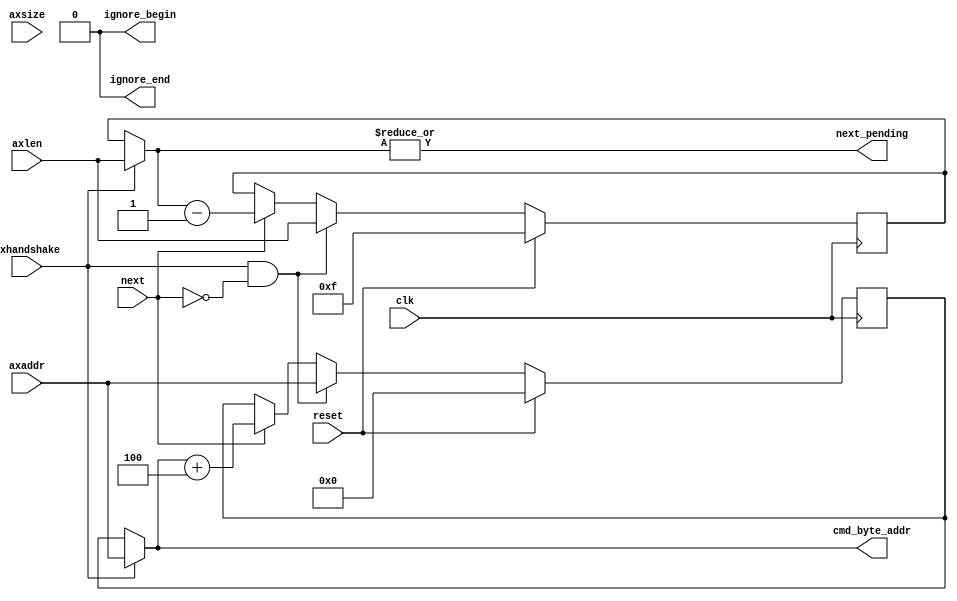
// -- (c) Copyright 2013 Xilinx, Inc. All rights reserved. 
// --                                                             
// -- This file contains confidential and proprietary information 
// -- of Xilinx, Inc. and is protected under U.S. and             
// -- international copyright and other intellectual property     
// -- laws.                                                       
// --                                                             
// -- DISCLAIMER                                                  
// -- This disclaimer is not a license and does not grant any     
// -- rights to the materials distributed herewith. Except as     
// -- otherwise provided in a valid license issued to you by      
// -- Xilinx, and to the maximum extent permitted by applicable   
// -- law: (1) THESE MATERIALS ARE MADE AVAILABLE "AS IS" AND     
// -- WITH ALL FAULTS, AND XILINX HEREBY DISCLAIMS ALL WARRANTIES 
// -- AND CONDITIONS, EXPRESS, IMPLIED, OR STATUTORY, INCLUDING   
// -- BUT NOT LIMITED TO WARRANTIES OF MERCHANTABILITY, NON-      
// -- INFRINGEMENT, OR FITNESS FOR ANY PARTICULAR PURPOSE; and    
// -- (2) Xilinx shall not be liable (whether in contract or tort,
// -- including negligence, or under any other theory of          
// -- liability) for any loss or damage of any kind or nature     
// -- related to, arising under or in connection with these       
// -- materials, including for any direct, or any indirect,       
// -- special, incidental, or consequential loss or damage        
// -- (including loss of data, profits, goodwill, or any type of  
// -- loss or damage suffered as a result of any action brought   
// -- by a third party) even if such damage or loss was           
// -- reasonably foreseeable or Xilinx had been advised of the    
// -- possibility of the same.                                    
// --                                                             
// -- CRITICAL APPLICATIONS                                       
// -- Xilinx products are not designed or intended to be fail-    
// -- safe, or for use in any application requiring fail-safe     
// -- performance, such as life-support or safety devices or      
// -- systems, Class III medical devices, nuclear facilities,     
// -- applications related to the deployment of airbags, or any   
// -- other applications that could lead to death, personal       
// -- injury, or severe property or environmental damage          
// -- (individually and collectively, "Critical                   
// -- Applications"). Customer assumes the sole risk and          
// -- liability of any use of Xilinx products in Critical         
// -- Applications, subject only to applicable laws and           
// -- regulations governing limitations on product liability.     
// --                                                             
// -- THIS COPYRIGHT NOTICE AND DISCLAIMER MUST BE RETAINED AS    
// -- PART OF THIS FILE AT ALL TIMES.                             
// --  
///////////////////////////////////////////////////////////////////////////////
//
//
// Description: 
// MC does not support up to 256 beats per transaction to support an AXI INCR 
// command directly.  Additionally for QOS purposes, larger transactions
// issued as many smaller transactions should improve QoS for the system.
// In the BL8 mode depending on the address offset ragged head or ragged tail
// need to be inserted into the data stream for writes and ignored for reads.
// In BL8 mode for transactions with odd length and even length transactions
// with an address offset an extra BL8 transaction will be issued. 
///////////////////////////////////////////////////////////////////////////////

`timescale 1ps/1ps
`default_nettype none

module mig_7series_v2_1_axi_mc_incr_cmd #
(
///////////////////////////////////////////////////////////////////////////////
// Parameter Definitions
///////////////////////////////////////////////////////////////////////////////
                    // Width of AxADDR
                    // Range: 32.
  parameter integer C_AXI_ADDR_WIDTH            = 32, 
                    // Width of cmd_byte_addr
                    // Range: 30
  parameter integer C_MC_ADDR_WIDTH             = 30,
                    // MC burst length. = 1 for BL4 or BC4, = 2 for BL8
  parameter integer C_MC_BURST_LEN              = 1,
                    // Width of AXI xDATA and MC xx_data
                    // Range: 32, 64, 128.
  parameter integer C_DATA_WIDTH                = 32,
                    // Static value of axsize
                    // Range: 2-4
  parameter integer C_AXSIZE                    = 2,
                    // Instance for Read channel or write channel
  parameter integer C_MC_RD_INST                = 0
)
(
///////////////////////////////////////////////////////////////////////////////
// Port Declarations     
///////////////////////////////////////////////////////////////////////////////
  input  wire                                 clk           , 
  input  wire                                 reset         , 
  input  wire [C_AXI_ADDR_WIDTH-1:0]          axaddr        , 
  input  wire [7:0]                           axlen         , 
  input  wire [2:0]                           axsize        , 
  // axhandshake = axvalid & axready
  input  wire                                 axhandshake   , 
  output wire [C_AXI_ADDR_WIDTH-1:0]          cmd_byte_addr ,
  output wire                                 ignore_begin  ,
  output wire                                 ignore_end    ,
  // Connections to/from fsm module
  // signal to increment to the next mc transaction 
  input  wire                                 next          , 
  // signal to the fsm there is another transaction required
  output wire                                 next_pending 

);
////////////////////////////////////////////////////////////////////////////////
// Local parameters
////////////////////////////////////////////////////////////////////////////////
localparam P_AXLEN_WIDTH = 8;
////////////////////////////////////////////////////////////////////////////////
// Wire and register declarations
////////////////////////////////////////////////////////////////////////////////
reg                         sel_first_r;
reg  [7:0]                  axlen_cnt;
reg  [C_AXI_ADDR_WIDTH-1:0] axaddr_incr;
reg                         int_next_pending_r;

wire                        sel_first;
wire                        addr_offset;
wire                        length_even;
wire [7:0]                  axlen_cnt_t;
wire [7:0]                  axlen_cnt_p;
wire [7:0]                  axlen_cnt_i;
wire [C_AXI_ADDR_WIDTH-1:0] axaddr_incr_t;
(* keep = "true" *) reg [C_AXI_ADDR_WIDTH-1:0] axaddr_incr_p;
wire [7:0]                  incr_cnt;
wire                        int_next_pending;
wire                        extra_cmd;

////////////////////////////////////////////////////////////////////////////////
// BEGIN RTL
////////////////////////////////////////////////////////////////////////////////
assign cmd_byte_addr = axaddr_incr_t;

generate
  if(C_MC_BURST_LEN == 1) begin
    assign addr_offset = 1'b0;
    assign length_even = 1'b1;
    assign axaddr_incr_t = axhandshake ? axaddr : axaddr_incr;

  end else begin
    // Figuring out if the address have an offset for padding data in BL8 case
    assign addr_offset = axaddr[C_AXSIZE];
    // The length could be odd which is an issue in BL8
    assign length_even = axlen[0];

    if(C_MC_RD_INST == 0) // axhandshake & next won't occur in same cycle in Write channel 2:1 mode
      assign axaddr_incr_t = axaddr_incr;
    else
      assign axaddr_incr_t = axhandshake ? axaddr : axaddr_incr;
  end
endgenerate

always @(*) begin
  axaddr_incr_p = axaddr_incr_t + (incr_cnt * C_MC_BURST_LEN);
end

always @(posedge clk) begin
  if(reset)
    axaddr_incr <= {C_AXI_ADDR_WIDTH{1'b0}};
  else if (axhandshake & ~next)
    axaddr_incr <= axaddr;
  else if(next)
    axaddr_incr <= axaddr_incr_p;
end

// figuring out how much to much to incr based on AXSIZE
assign incr_cnt = (C_AXSIZE == 2) ? 8'd4 : (C_AXSIZE == 3) ? 8'd8 :
       (C_AXSIZE == 4)? 8'd16 :(C_AXSIZE == 5) ? 8'd32 : 
       (C_AXSIZE == 6) ? 8'd64 :  (C_AXSIZE == 7) ? 8'd128 :8'd0;

// assign axlen_cnt_i = (C_MC_BURST_LEN == 1) ? axlen : (extra_cmd ? ((axlen >> 1) + 1'b1) : (axlen >> 1));
assign axlen_cnt_i = (C_MC_BURST_LEN == 1) ? axlen : (axlen >> 1);

assign axlen_cnt_t = axhandshake ? axlen_cnt_i : axlen_cnt;

assign axlen_cnt_p = (axlen_cnt_t - 1'b1);

always @(posedge clk) begin
  if(reset)
    axlen_cnt <= 4'hf;
  else if (axhandshake & ~next)
    axlen_cnt <= axlen_cnt_i;
  else if(next)
    axlen_cnt <= axlen_cnt_p;
end  

assign extra_cmd = addr_offset & length_even;

assign next_pending = extra_cmd ? int_next_pending_r : int_next_pending;

assign int_next_pending = |axlen_cnt_t;

always @(posedge clk) begin
  if(reset)
    int_next_pending_r <= 1'b1;
  else if(extra_cmd & next)
    int_next_pending_r <= int_next_pending;
end

// last and ignore signals to data channel. These signals are used for
// BL8 to ignore and insert data for even len transactions with offset
// and odd len transactions
// For odd len transactions with no offset the last read is ignored and
// last write is masked
// For odd len transactions with offset the first read is ignored and
// first write is masked
// For even len transactions with offset the last & first read is ignored and
// last& first  write is masked
// For even len transactions no ingnores or masks. 

// Ignore logic for first transaction        
assign ignore_begin = sel_first ? addr_offset : 1'b0;

// Ignore logic for second transaction.    
assign ignore_end = next_pending ? 1'b0 : ~(length_even ^ addr_offset);

// Indicates if we are on the first transaction of a mc translation with more than 1 transaction.
assign sel_first = (axhandshake | sel_first_r);

always @(posedge clk) begin
  if (reset)
    sel_first_r <= 1'b0;
  else if(axhandshake & ~next)
    sel_first_r <= 1'b1;
  else if(next)
    sel_first_r <= 1'b0;
end

endmodule
`default_nettype wire